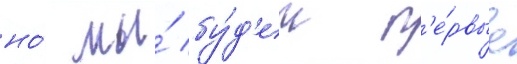
но́ мы́ бу́д'ем п'е́рвые